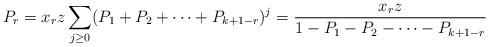
LaTeX: \begin{align*}P_r = x_r z \sum_{j \geq 0} (P_1 + P_2 + \cdots + P_{k+1-r})^j = \frac{x_r z}{1-P_1-P_2 - \cdots - P_{k+1-r}}\end{align*}